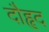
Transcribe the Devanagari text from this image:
दौहृद